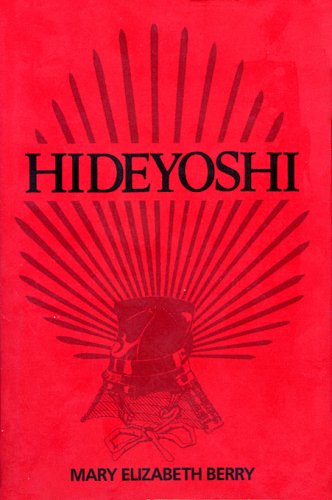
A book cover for Hideyoshi (Harvard East Asian Monographs); Mary Elizabeth Berry; Biographies & Memoirs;